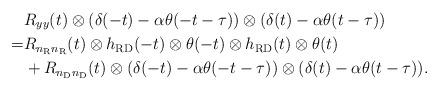
LaTeX: \begin{align*}&R_{yy}(t)\otimes (\delta(-t) - \alpha \theta(-t-\tau))\otimes (\delta(t) - \alpha \theta(t-\tau)) \\=&R_{n_{\rm R}n_{\rm R}}(t) \otimes h_{\rm RD}(-t) \otimes \theta(-t)\otimes h_{\rm RD}(t) \otimes \theta(t) \\& + R_{n_{\rm D}n_{\rm D}}(t) \otimes(\delta(-t) - \alpha \theta(-t-\tau))\otimes (\delta(t) - \alpha \theta(t-\tau)).\end{align*}